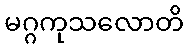
မဂ္ဂကုသလောတိ